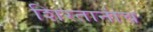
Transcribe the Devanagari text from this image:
शिरतानांच